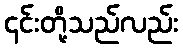
၎င်းတို့သည်လည်း